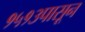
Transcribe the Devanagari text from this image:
१५१३पासून